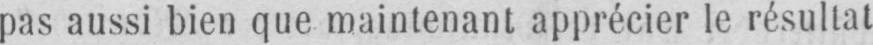
pas aussi bien que maintenant apprécier le résultat